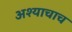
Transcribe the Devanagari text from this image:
अश्याचाच